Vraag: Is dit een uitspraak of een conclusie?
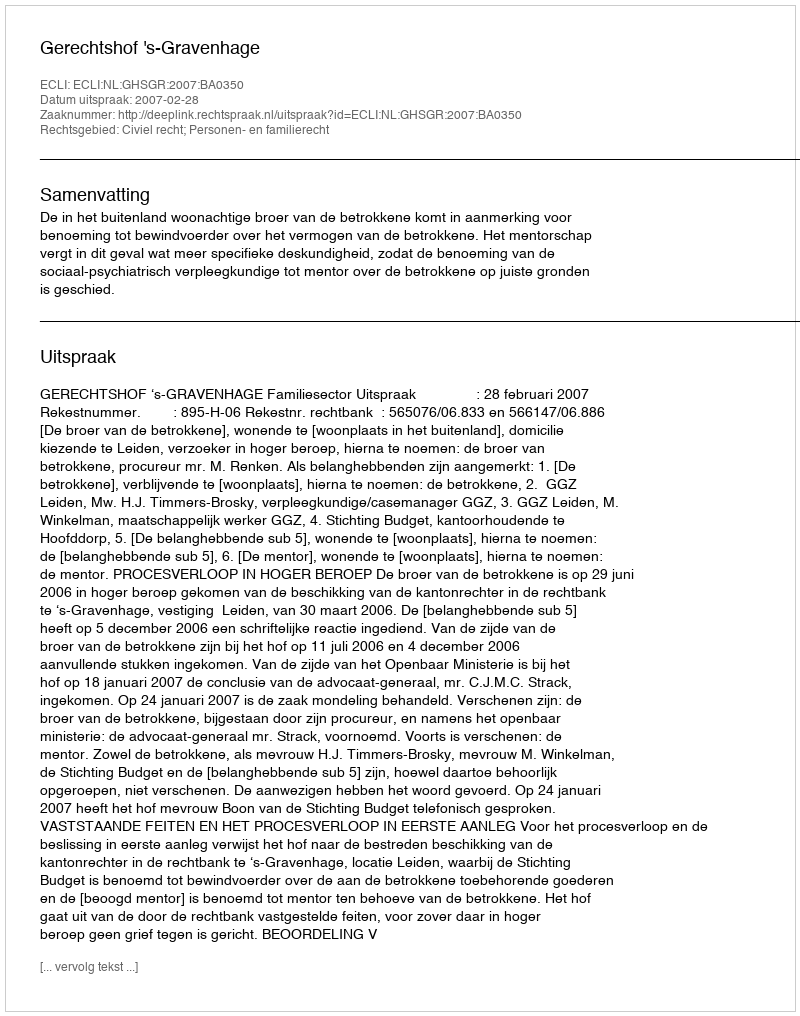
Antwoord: Uitspraak